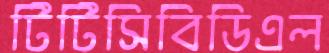
টিটিসিবিডিএল